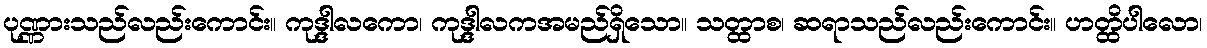
ပုဏ္ဏားသည်လည်းကောင်း။ ကုဒ္ဒါလကော၊ ကုဒ္ဒါလကအမည်ရှိသော။ သတ္ထာစ၊ ဆရာသည်လည်းကောင်း။ ဟတ္ထိပါလော၊